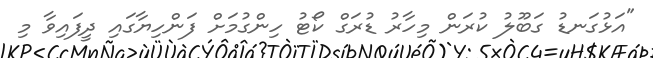
"އަޅުގަނޑު ގަބޫލު ކުރަން މިހާރު ޑުރަގް ކޯޓު ހިންގުމަށް ފަންހިޔާގައި ދީފައިވާ މި